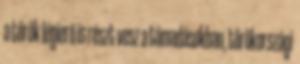
a török légierő is részt vesz a támadásokban, törökországi